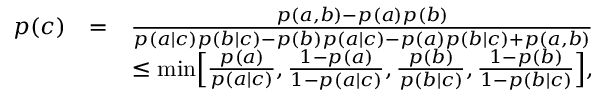
\begin{array} { r l r } { p ( c ) } & { = } & { \frac { p ( a , b ) - p ( a ) p ( b ) } { p ( a | c ) p ( b | c ) - p ( b ) p ( a | c ) - p ( a ) p ( b | c ) + p ( a , b ) } } \\ & { } & { \leq \mathrm { m i n } \Big [ \frac { p ( a ) } { p ( a | c ) } , \frac { 1 - p ( a ) } { 1 - p ( a | c ) } , \frac { p ( b ) } { p ( b | c ) } , \frac { 1 - p ( b ) } { 1 - p ( b | c ) } \Big ] , } \end{array}